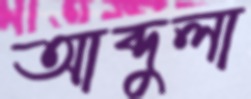
আব্দুলা